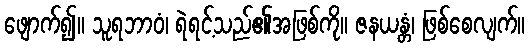
ဖျောက်၍။ သူရဘာဝံ၊ ရဲရင့်သည်၏အဖြစ်ကို။ ဇနယန္တံ၊ ဖြစ်စေလျက်။